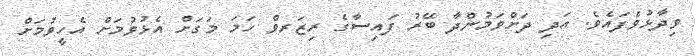
ވިދާޅުވެފައެވެ. އަދި ދަށްވަމުންދާ ބޭރު ފައިސާގެ ރިޒަރވް ހަމަ މަގަށް އެޅުވުމަށް އެހީވުމަށް